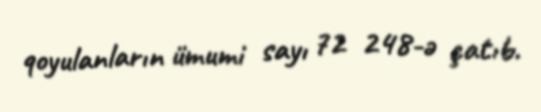
qoyulanların ümumi sayı 72 248-ə çatıb.